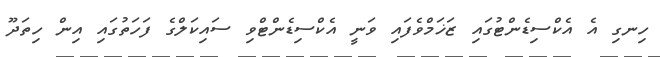
ހިނގި އެ އެކްސިޑެންޓުގައި ޒަޚަމްވެފައި ވަނީ އެކްސިޑެންޓްވި ސައިކަލްގެ ފަހަތުގައި އިން ހިތަދޫ